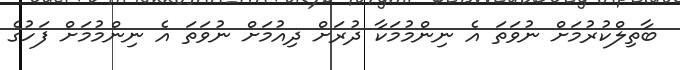
ބާތިލްކުރުމަށް ނުވަތަ އެ ނިންމުމަކާ ދުރަށް ދިއުމަށް ނުވަތަ އެ ނިންމުމަށް ފަހުގެ